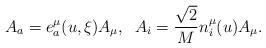
LaTeX: \begin{align*}A_{a} = e^{\mu}_{a}(u,\xi) A_{\mu}, \;\; A_{i} = \frac{\sqrt{2}}{M}n^{\mu}_{i}(u) A_{\mu}.\end{align*}